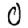
Digit: 0